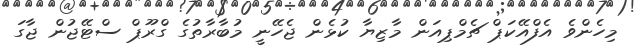
މިހެންވެ އެފްއޭކަޕް ޗެމްޕިއަން މާޒިޔާ ކުޅެން ޖެހޭނީ މުބާރާތުގެ ގްރޫޕް ސްޓޭޖުން ޖާގަ